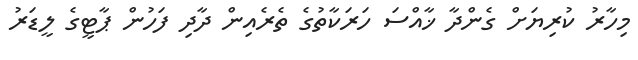
މިހާރު ކުރިޔަށް ގެންދާ ޚާއްސަ ހަރަކާތުގެ ތެރެއިން ދާދި ފަހުން ޕާޓީގެ ލީޑަރު